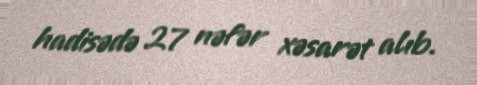
hadisədə 27 nəfər xəsarət alıb.